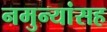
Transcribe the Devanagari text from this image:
नमुन्यांसह